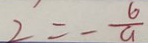
2 = - \frac { 6 } { a }